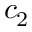
c _ { 2 }